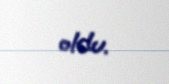
oldu.